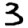
Digit: 3